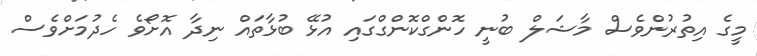
މީގެ އިތުރުންވެސް މާޝަލް ބުނީ ހޮންގްކޮންގްގައި އުޅޭ ބުޅާތައް ނިދާ އޮށޯވެ ހެދުމަށްވެސް